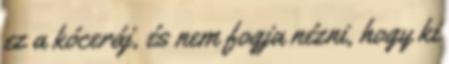
ez a kóceráj, és nem fogja nézni, hogy ki